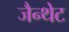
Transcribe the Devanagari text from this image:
जैन्थेट